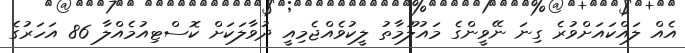
އެއް ލައްކައަށްވުރެ ގިނަ ނޭވީންގެ މައުލޫމާތު ލީކުވެއްޖެމިއީ ދުވާލަކަށް ކޮސްޓިއުމެއްލާ 86 އަހަރުގެ